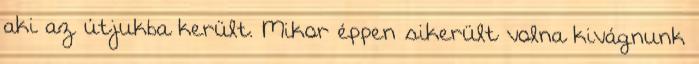
aki az útjukba került. Mikor éppen sikerült volna kivágnunk